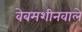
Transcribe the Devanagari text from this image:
वेबमशीनवाले